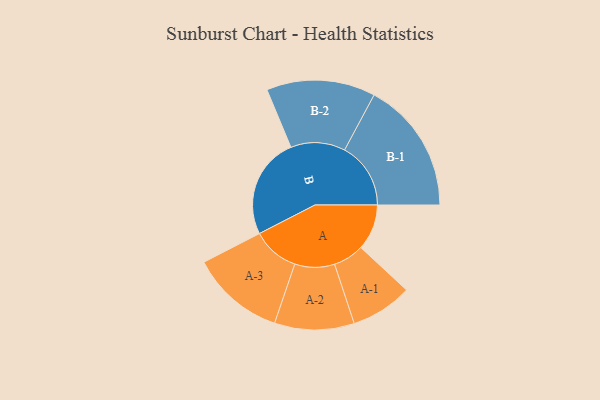
{"axis": {"x": "Segment", "y": "Value"}, "legend": ["", "A", "B"], "data": [{"x": "A", "y": 204, "type": ""}, {"x": "B", "y": 450, "type": ""}, {"x": "A-1", "y": 137, "type": "A"}, {"x": "A-2", "y": 177, "type": "A"}, {"x": "A-3", "y": 209, "type": "A"}, {"x": "B-1", "y": 294, "type": "B"}, {"x": "B-2", "y": 242, "type": "B"}]}